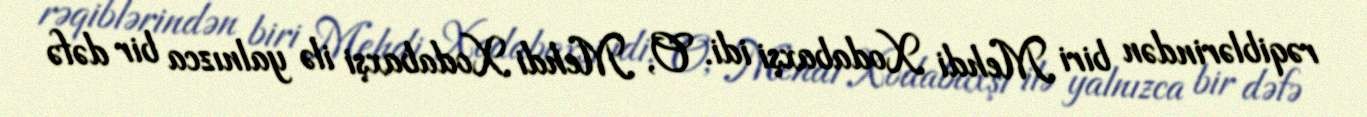
rəqiblərindən biri Mehdi Xodabaxşi idi. O, Mehdi Xodabaxşi ilə yalnızca bir dəfə